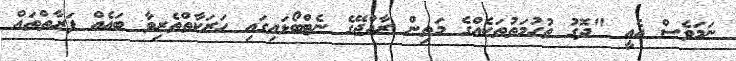
ނަމަވެސް އެއީ "ދޮގު ތުހުމަތުތަކެއްގެ މަތިން ރާއްޖޭގެ ނެޓްބޯޅައިގައި ހަރަކާތްތެރިވާ ބައެއް ފަރާތްތައް